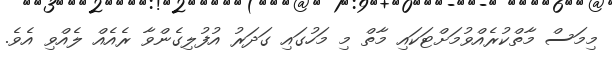
މިމަސް މާތްކުރެއްވުމަށްޓަކައި މާތް މި މަހުގައި ގަދަރު އުފުލިގެންވާ ރެއެއް ލެއްވި އެވެ.